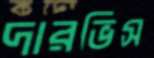
দারভিস